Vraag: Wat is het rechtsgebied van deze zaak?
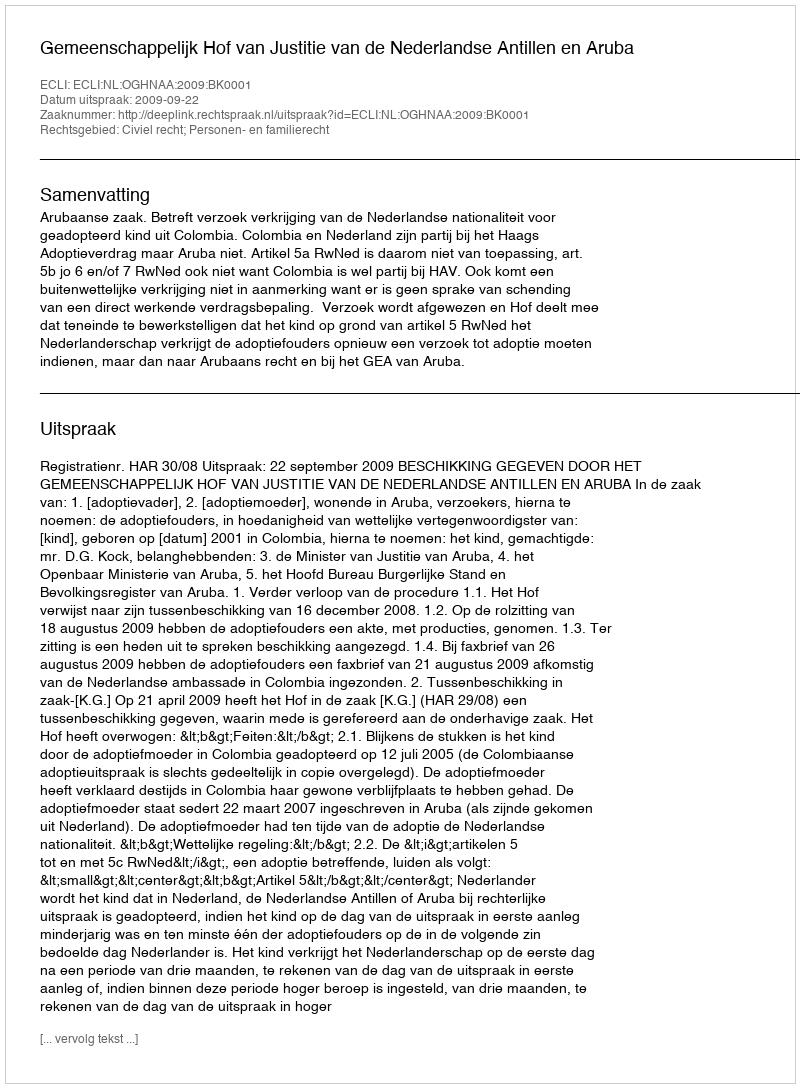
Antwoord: Civiel recht; Personen- en familierecht